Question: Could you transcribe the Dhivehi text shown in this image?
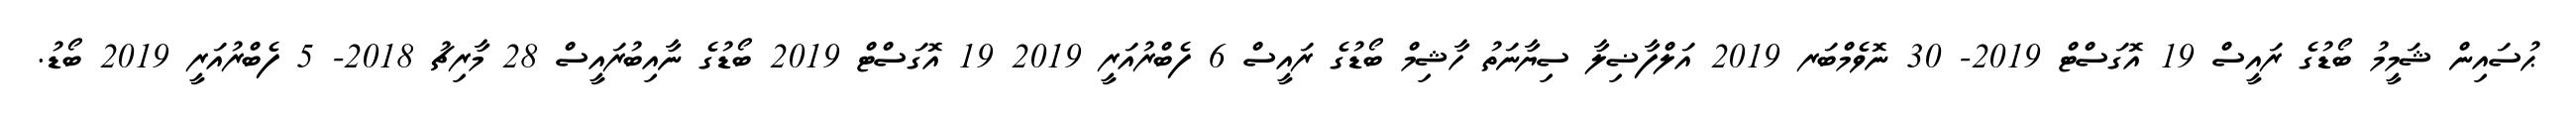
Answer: ޙުސައިން ޝަމީމު ބޯޑުގެ ރައީސް 19 އޮގަސްޓް 2019- 30 ނޮވެމްބަރ 2019 އަލްފާޟިލާ ސިޔާނަތު ހާޝިމް ބޯޑުގެ ރައީސް 6 ފެބްރުއަރީ 2019 19 އޮގަސްޓް 2019 ބޯޑުގެ ނާއިބުރައީސް 28 މާރިޗު 2018- 5 ފެބްރުއަރީ 2019 ބޯޑު.